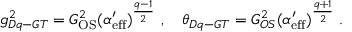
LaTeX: g _ { D q - G T } ^ { 2 } = G _ { \mathrm { O S } } ^ { 2 } ( \alpha _ { \mathrm { e f f } } ^ { \prime } ) ^ { \frac { q - 1 } { 2 } } \ , \quad \theta _ { D q - G T } = G _ { O S } ^ { 2 } ( \alpha _ { \mathrm { e f f } } ^ { \prime } ) ^ { \frac { q + 1 } { 2 } } \ .